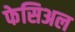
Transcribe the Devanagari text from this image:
फेसिअल